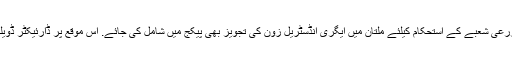
انہوں نے مزید کہا کہ پاکستان چین کوریڈور کے پیش نظر اور ملتان کے زرعی شعبے کے استحکام کیلئے ملتان میں ایگری انڈسٹریل زون کی تجویز بھی پیکج میں شامل کی جائے. اس موقع پر ڈارئیکٹر ڈویلپمنٹ وقاص خان خاکوانی اور متعلقہ محکموں کے افسران بھی موجود تھے۔